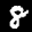
Label: 8